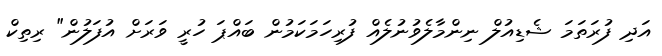
އަދި ފުރަތަމަ ޝެޑިއުލް ނިންމާލެވުނުލެއް ފުރިހަމަކަމުން ބައްޕަ ހުރީ ވަރަށް އުފަލުން" ރިތިކް